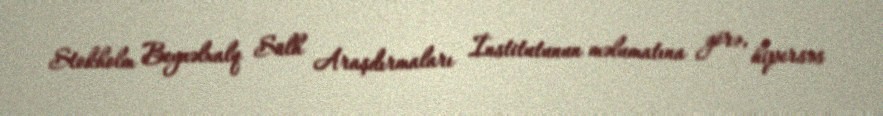
Stokholm Beynəlxalq Sülh Araşdırmaları İnstitutunun məlumatına görə, hipersəs